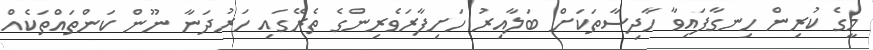
މީގެ ކުރިން ހިނގާފައިވާ ހާދިސާތަކަށް ބަލާއިރު ހަށިފާރަވެރިންގެ ތެރޭގައި ހަރުދަނާ ނޫން ކަންތައްތަކެއް